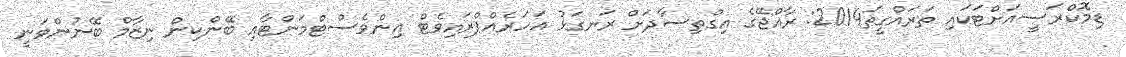
ޑިމޮކްރަސީއަށްޓަކައި ތަރައްގީތަ2014: ރާއްޖޭގެ އިގްތިސާދަށް ރަނގަޅު އަހަރެއްޕްރައިވެޓް އިންވެސްޓްމަންޓާއި ބޭންކިން ނިޒާމް ބޭނުންވަނީ